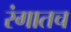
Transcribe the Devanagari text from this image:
रंगातच